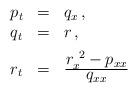
LaTeX: \begin{align*}\begin{array}{lll}p_t & = & q_x \, , \\ q_t & = & r \, , \\ [2mm] r_t & = & \frac{\textstyle{r_{x}^{\,\;2} - p_{xx}}}{\textstyle{q_{xx}}}\end{array}\end{align*}